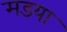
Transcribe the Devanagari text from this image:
मडया